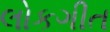
લોકગીત